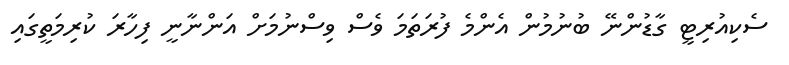
ސެކިއުރިޓީ ގާޑުންނޭ ބުނުމުން އެންމެ ފުރަތަމަ ވެސް ވިސްނުމަށް އަންނާނީ ފިހާރަ ކުރިމަތީގައި